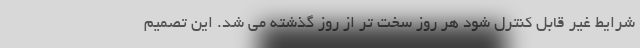
شرایط غیر قابل کنترل شود هر روز سخت تر از روز گذشته می شد. این تصمیم